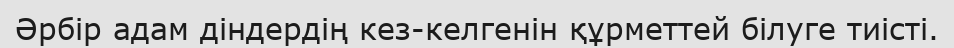
Әрбір адам діндердің кез-келгенін құрметтей білуге тиісті.